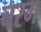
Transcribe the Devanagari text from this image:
चरग